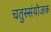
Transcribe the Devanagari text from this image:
चतुस्संयोजक